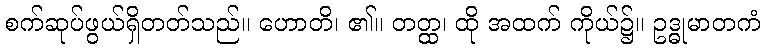
စက်ဆုပ်ဖွယ်ရှိတတ်သည်။ ဟောတိ၊ ၏။ တတ္ထ၊ ထို အထက် ကိုယ်၌။ ဥဒ္ဓုမာတကံ